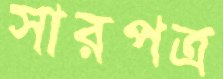
সারপত্র